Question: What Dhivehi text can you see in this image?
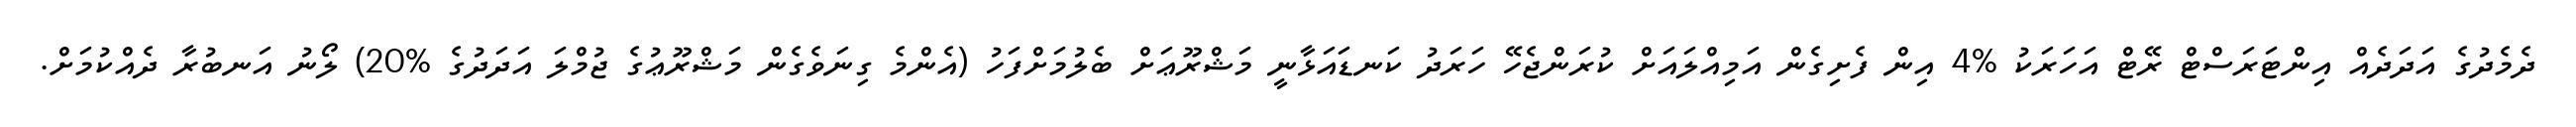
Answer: ދެމެދުގެ އަދަދެއް އިންޓަރަސްޓް ރޭޓް އަހަރަކު %4 އިން ފެށިގެން އަމިއްލައަށް ކުރަންޖެހޭ ހަރަދު ކަނޑައަޅާނީ މަޝްރޫޢަށް ބެލުމަށްފަހު (އެންމެ ގިނަވެގެން މަޝްރޫޢުގެ ޖުމްލަ އަދަދުގެ %20) ލޯނު އަނބުރާ ދެއްކުމަށް.